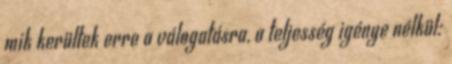
mik kerültek erre a válogatásra, a teljesség igénye nélkül: